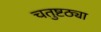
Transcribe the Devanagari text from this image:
चतुष्टठ्या